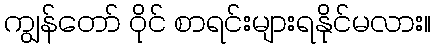
ကျွန်တော် ဝိုင် စာရင်းများရနိုင်မလား။